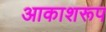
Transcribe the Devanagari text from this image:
आकाशरूप